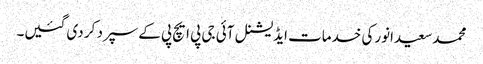
محمدسعیدانورکی خدمات ایڈیشنل آئی جی پی ایچ پی کےسپرد کر دی گئیں۔